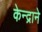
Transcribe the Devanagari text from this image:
केन्द्राने